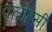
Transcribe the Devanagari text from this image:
क्लोहेसी